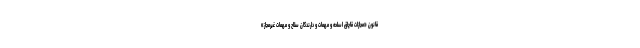
قانون «مجازات قاچاق اسلحه و مهمات و دارندگان سلاح و مهمات غیرمجاز»